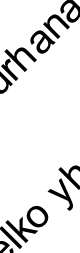
k o a n